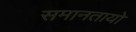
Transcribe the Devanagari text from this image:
समानतायो